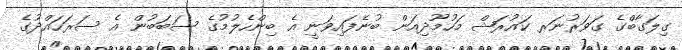
ގިލަގާބްގެ ގަވަރުނަރ ކައުރަޝް މަހުމޫދިއަން ބުނެފައިވަނީ އެ ބިންހެލުމުގެ ސަބަބުން އެ ސަރަަހައްދުގެ